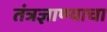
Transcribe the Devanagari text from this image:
तंत्रज्ञाण्याचा